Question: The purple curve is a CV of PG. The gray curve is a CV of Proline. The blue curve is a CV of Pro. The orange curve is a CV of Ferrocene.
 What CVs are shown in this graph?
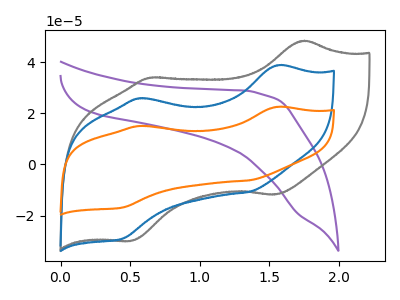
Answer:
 <answer>The purple curve is labeled "PG". The gray curve is labeled "Proline". The blue curve is labeled "Pro". The orange curve is labeled "Ferrocene".</answer>
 <eval></eval>